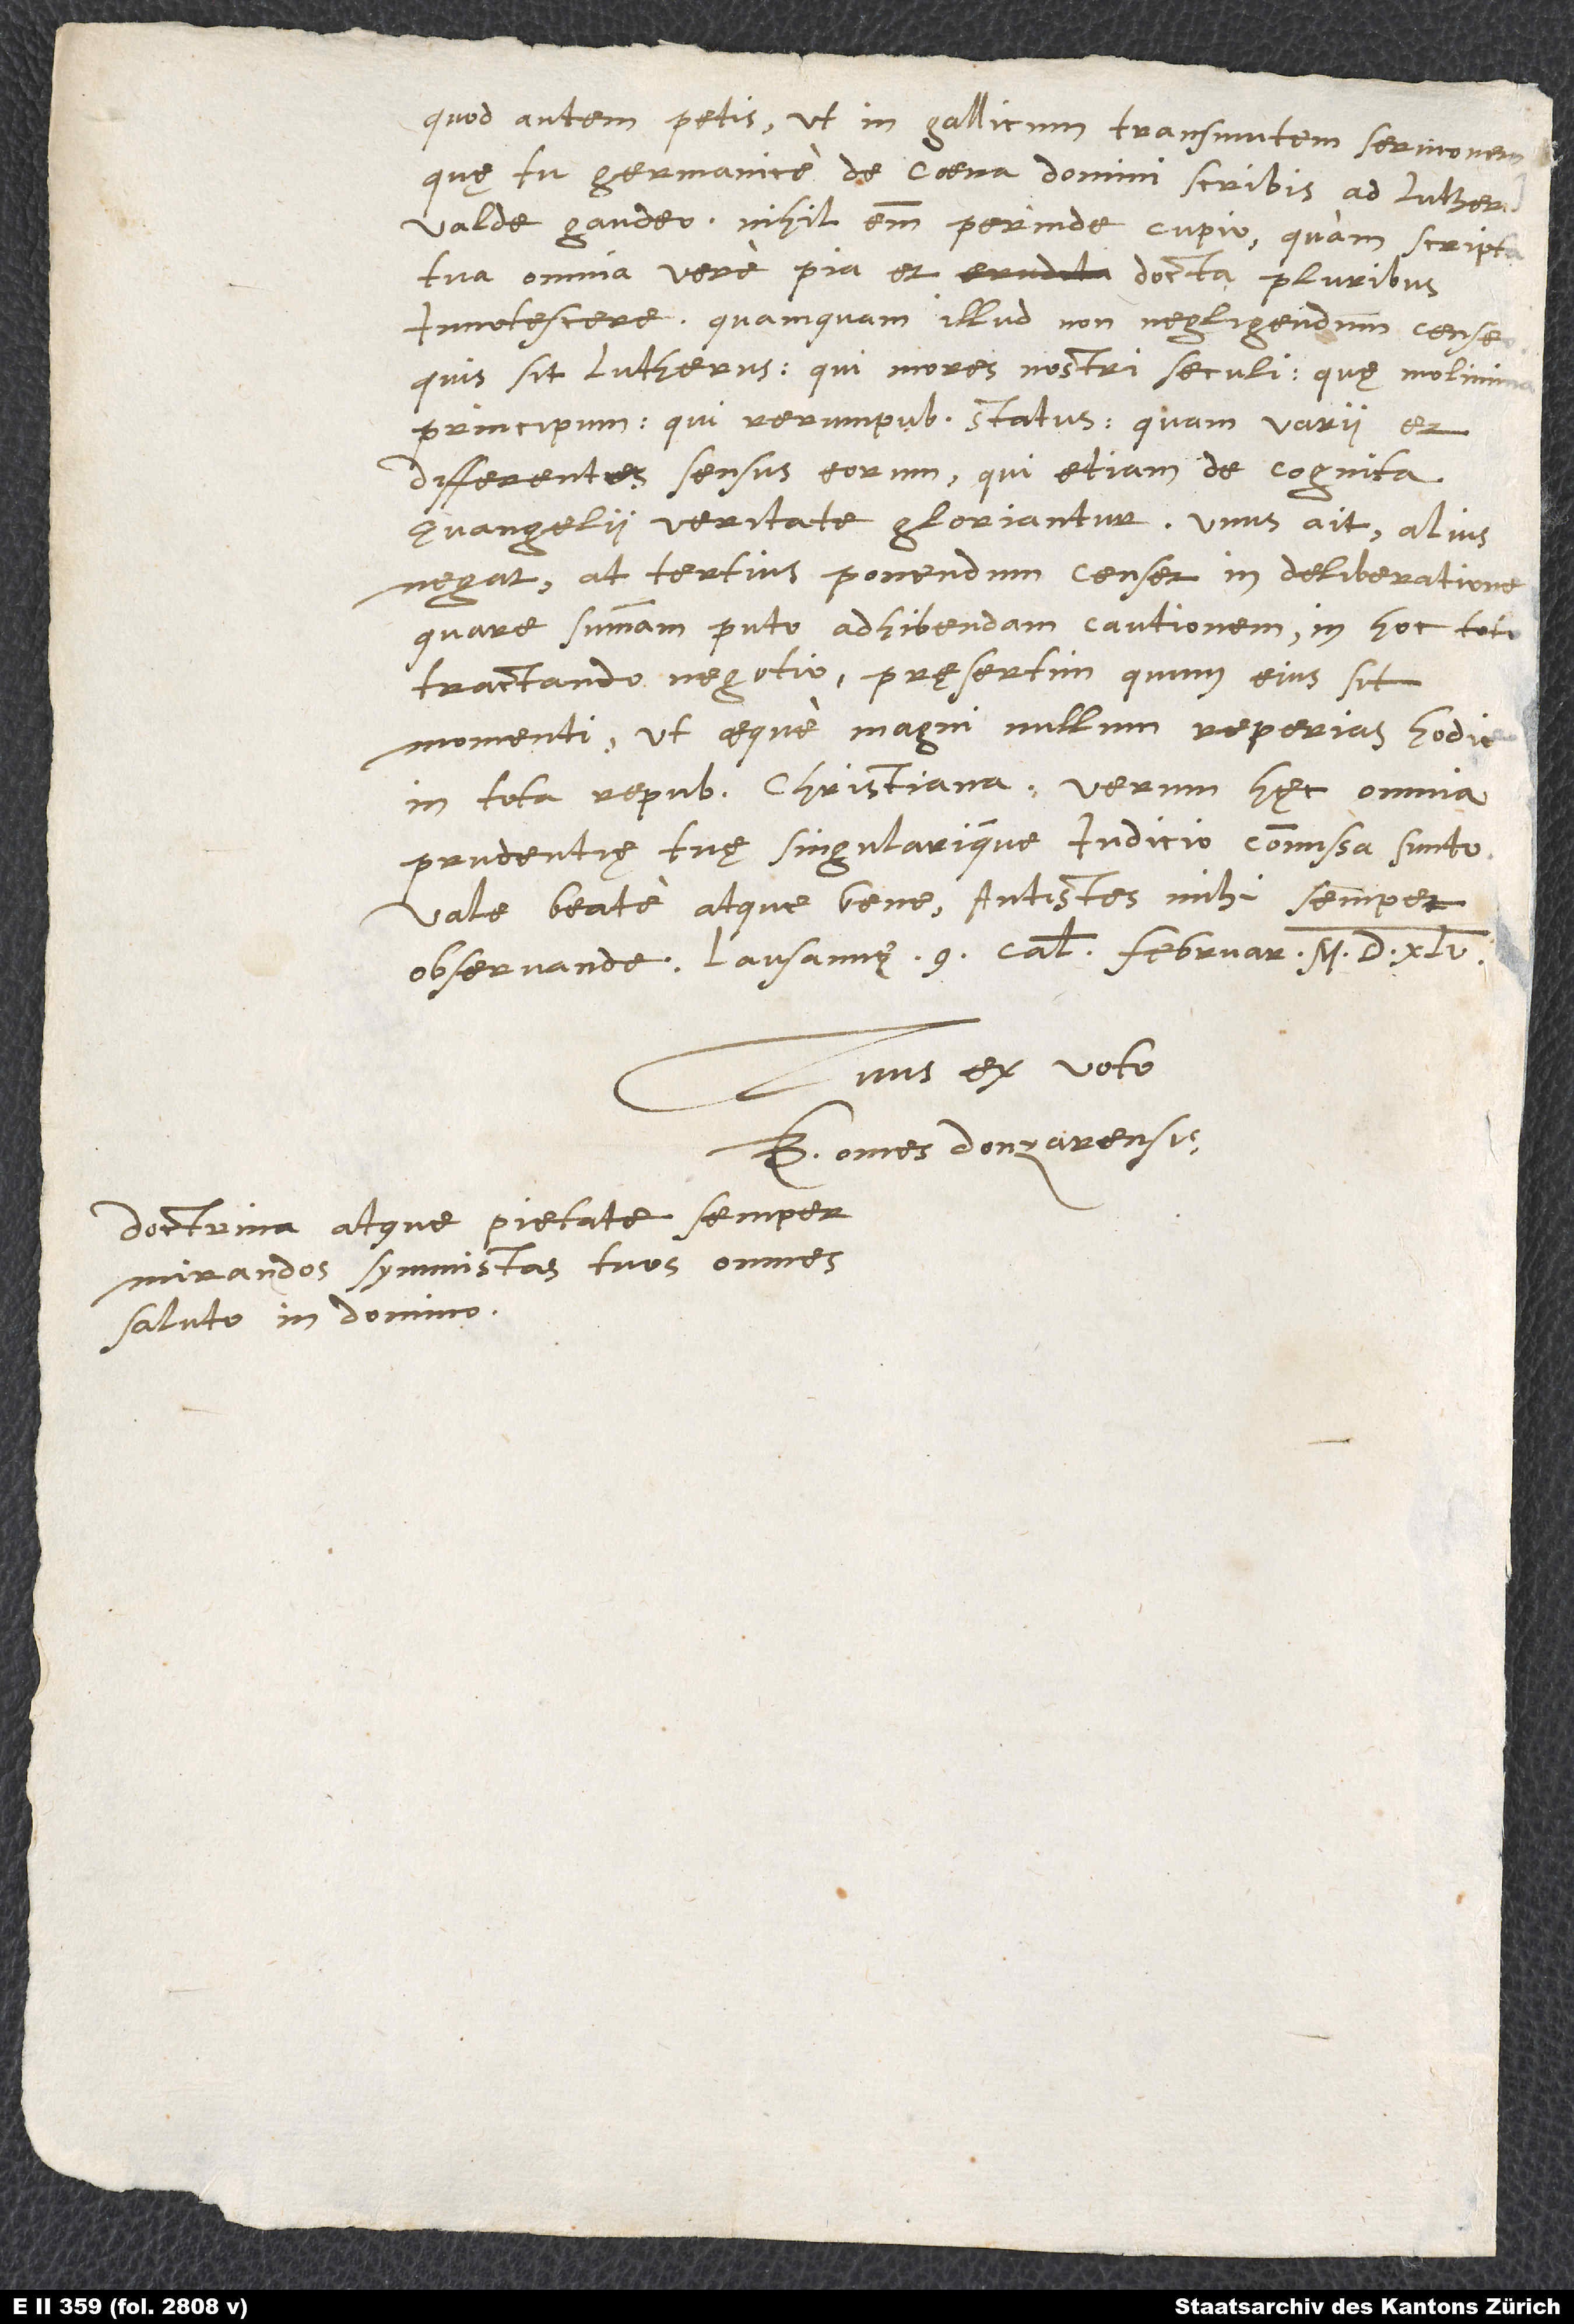
Quod autem petis, ut in Gallicum transmutem sermonem,
quę tu Germanice de coena domini scribis ad Lutherum,
valde gaudeo; nihil enim perinde cupio, quam scripta
tua omnia, vere pia et docta, pluribus
quamquam illud non negligendum censeo,
quis sit Lutherus, qui mores nostri seculi, quę molimina
principum, qui rerumpublicarum status, quam varii et
differentes sensus eorum, qui etiam de cognita
evangelii veritate gloriantur: unus ait, alius
negat, at tertius ponendum censet in deliberatione.
Quare summam puto adhibendam cautionem in hoc toto
tractando negotio, pręsertim quum eius sit
momenti, ut aeque magni nullum reperias hodie
in tota republica christiana. Verum hęc omnia
prudentię tuę singularique iudicio commissa sunto.
Vale beate atque bene, antistes mihi semper
observande. Lausannę, 9. calendas februarii 1545.
Tuus ex voto
B. Comes Donzarensis.
Doctrina atque pietate semper
mirandos symmistas tuos omnes
saluto in domino.